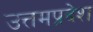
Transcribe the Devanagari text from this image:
उत्तमप्रदेश